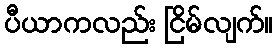
ပီယာကလည်း ငြိမ်လျက်။